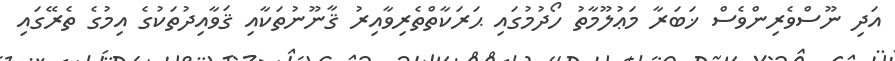
އަދި ނޫސްވެރިންވެސް ޚަބަރާ މަޢުލޫމާތު ހޯދުމުގައި ޙަރަކާތްތެރިވާއިރު ޤާނޫނުތަކާއި ޤަވާއިދުތަކުގެ އިމުގެ ތެރޭގައި